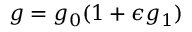
g = g _ { 0 } ( 1 + \epsilon g _ { 1 } )